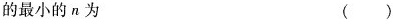
的最小的n为 ( )